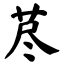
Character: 荩